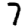
Digit: 7